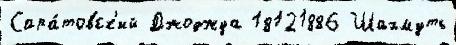
Сара́товск'ий Джоджуа 18121886 Шахмуть